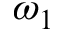
\omega _ { 1 }